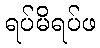
ရပ်မိရပ်ဖ